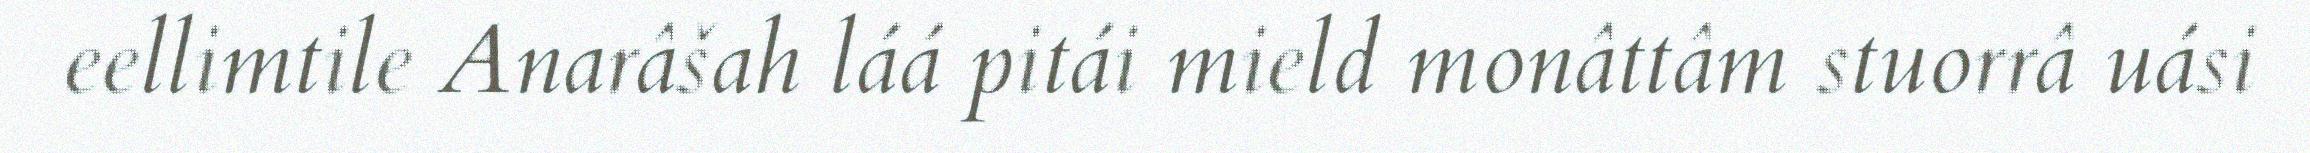
eellimtile Anarâšah láá pitái mield monâttâm stuorrâ uási